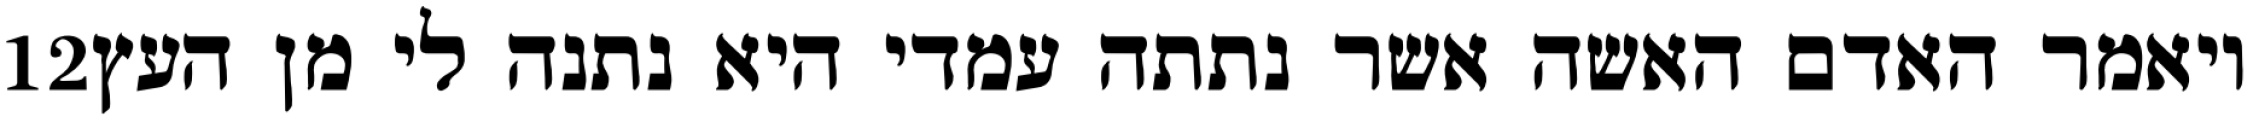
‎12‏ ויאמר האדם האשה אשר נתתה עמדי היא נתנה לי מן העץ